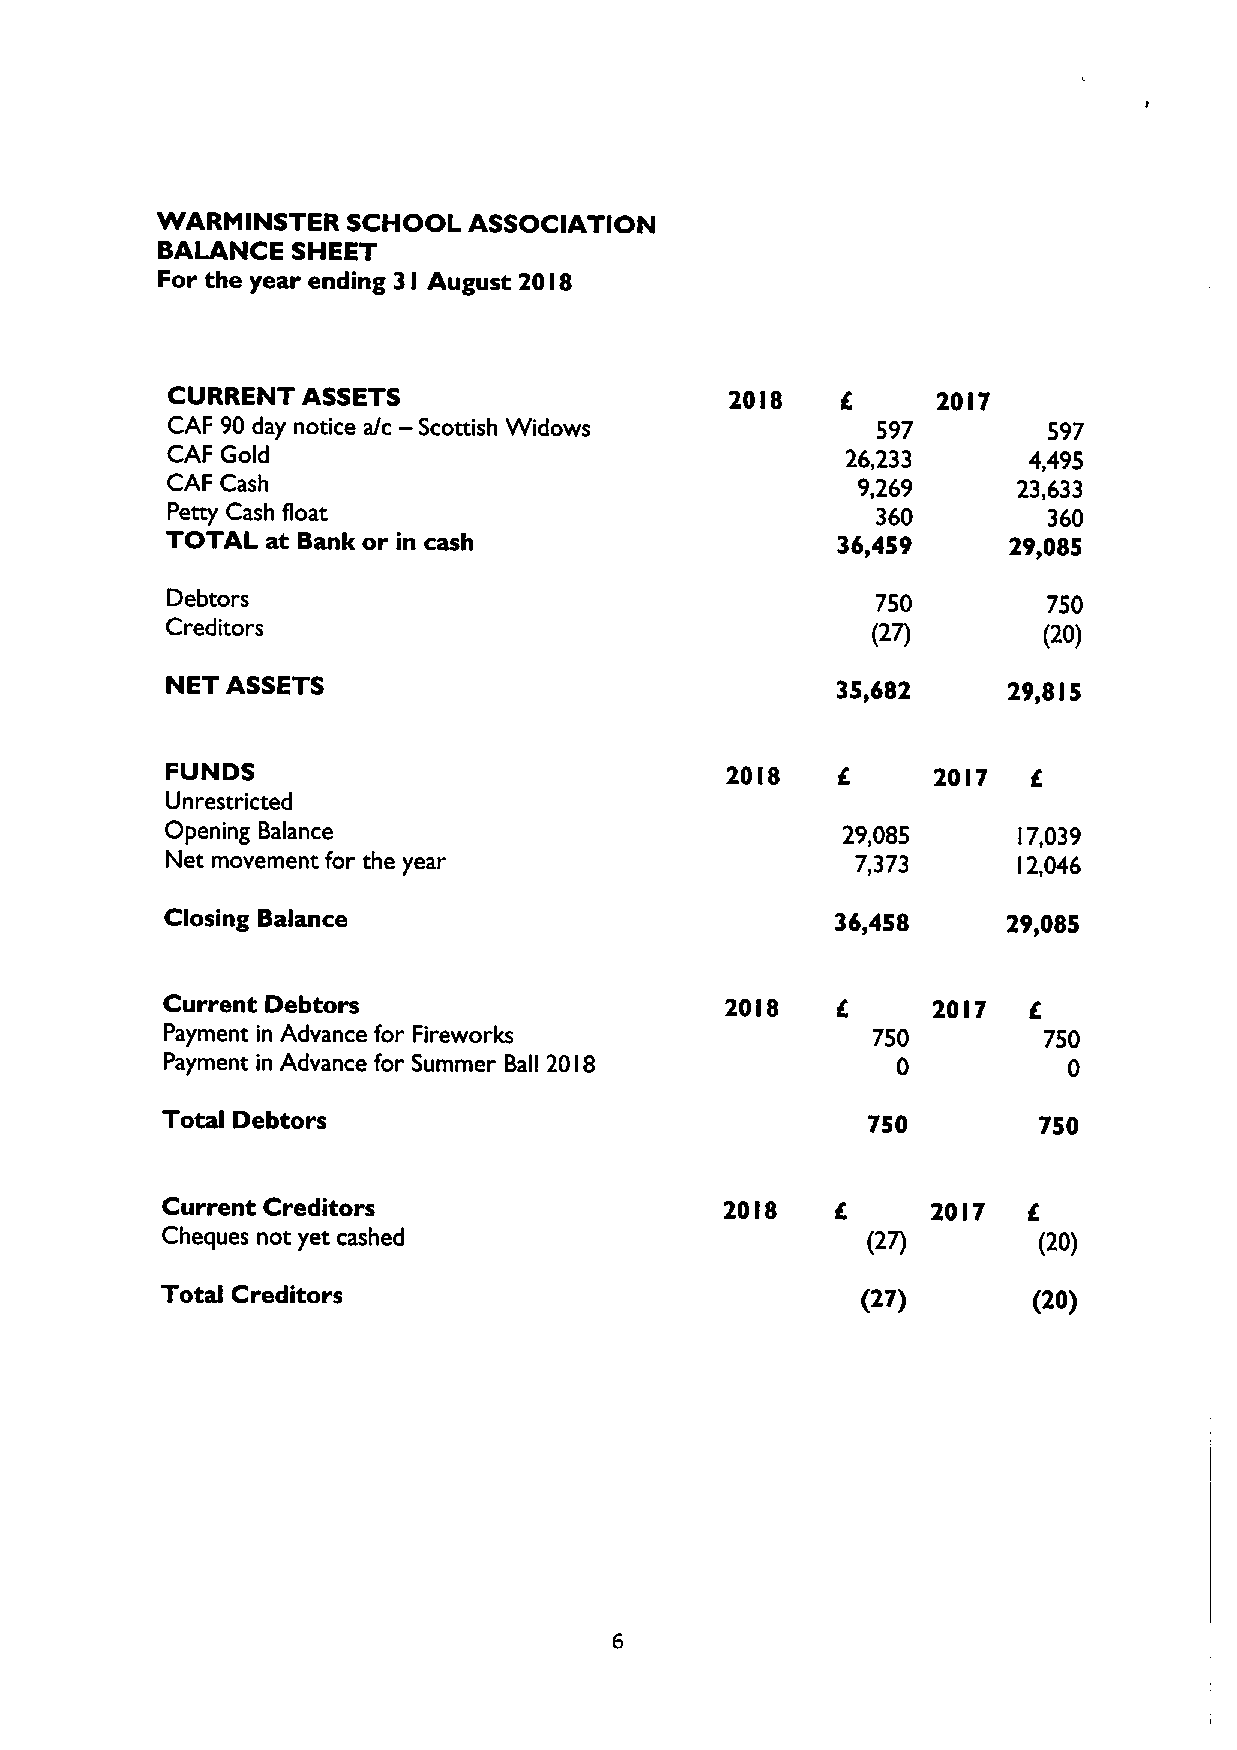
WARMINSTER   SCHOOL  ASSOCIATION
 BALANCE  SHEET
 For the year ending 3 I August 2018
 CURRENT  ASSETS                      20I8          20I7
 —
 CAF 90 day notice a/c Scottish Widows          597        597
 CAF Gold                                     26,233      4,495
 CAF Cash                                      9,269     23,633
 Petty Cash float                               360        360
 TOTAL  at Bank or in cash                   36,459      29,085
 Debtors                                        750        750
 Creditors
 (27)       (20)
 NET ASSETS                                  35,682      29,8 I5
 FUNDS                                20 I8         20 I7
 E.
 Unrestricted
 Opening Balance                              29,085      7,039
 l
 Net movement for the year                     7,373      2,046
 l
 Closing Balance                             36,458      29,085
 Current Debtors                      20I8          20I7
 IK           E
 Payment in Advance for Fireworks               750        750
 Payment in Advance for Summer Ball 20 8         0           0
 I
 Total Debtors                                 750         750
 Current Creditors                    20 8          2017
 I    IE
 Cheques not yet cashed                        (27)        (20)
 Total Creditors                               (27)       (20)